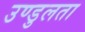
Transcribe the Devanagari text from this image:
उण्डुलता